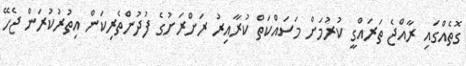
ގޮތެއްގައި ރާއްޖެ ތަރައްގީ ކުރުމަށް މަސައްކަތް ކުރާއިރު ރަށްރަށުގެ ފުދުންތެރިކަން އިތުރުކުރަން ޖެހޭ